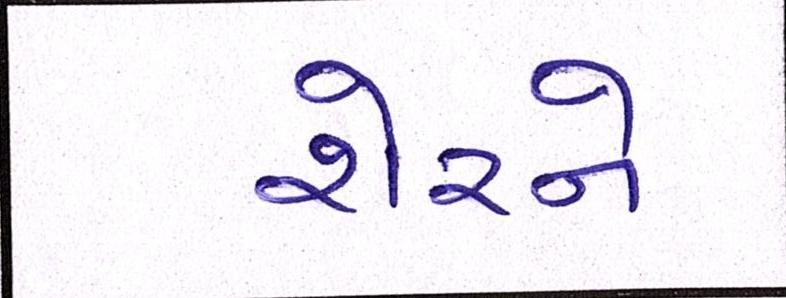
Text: શેરને